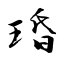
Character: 琘